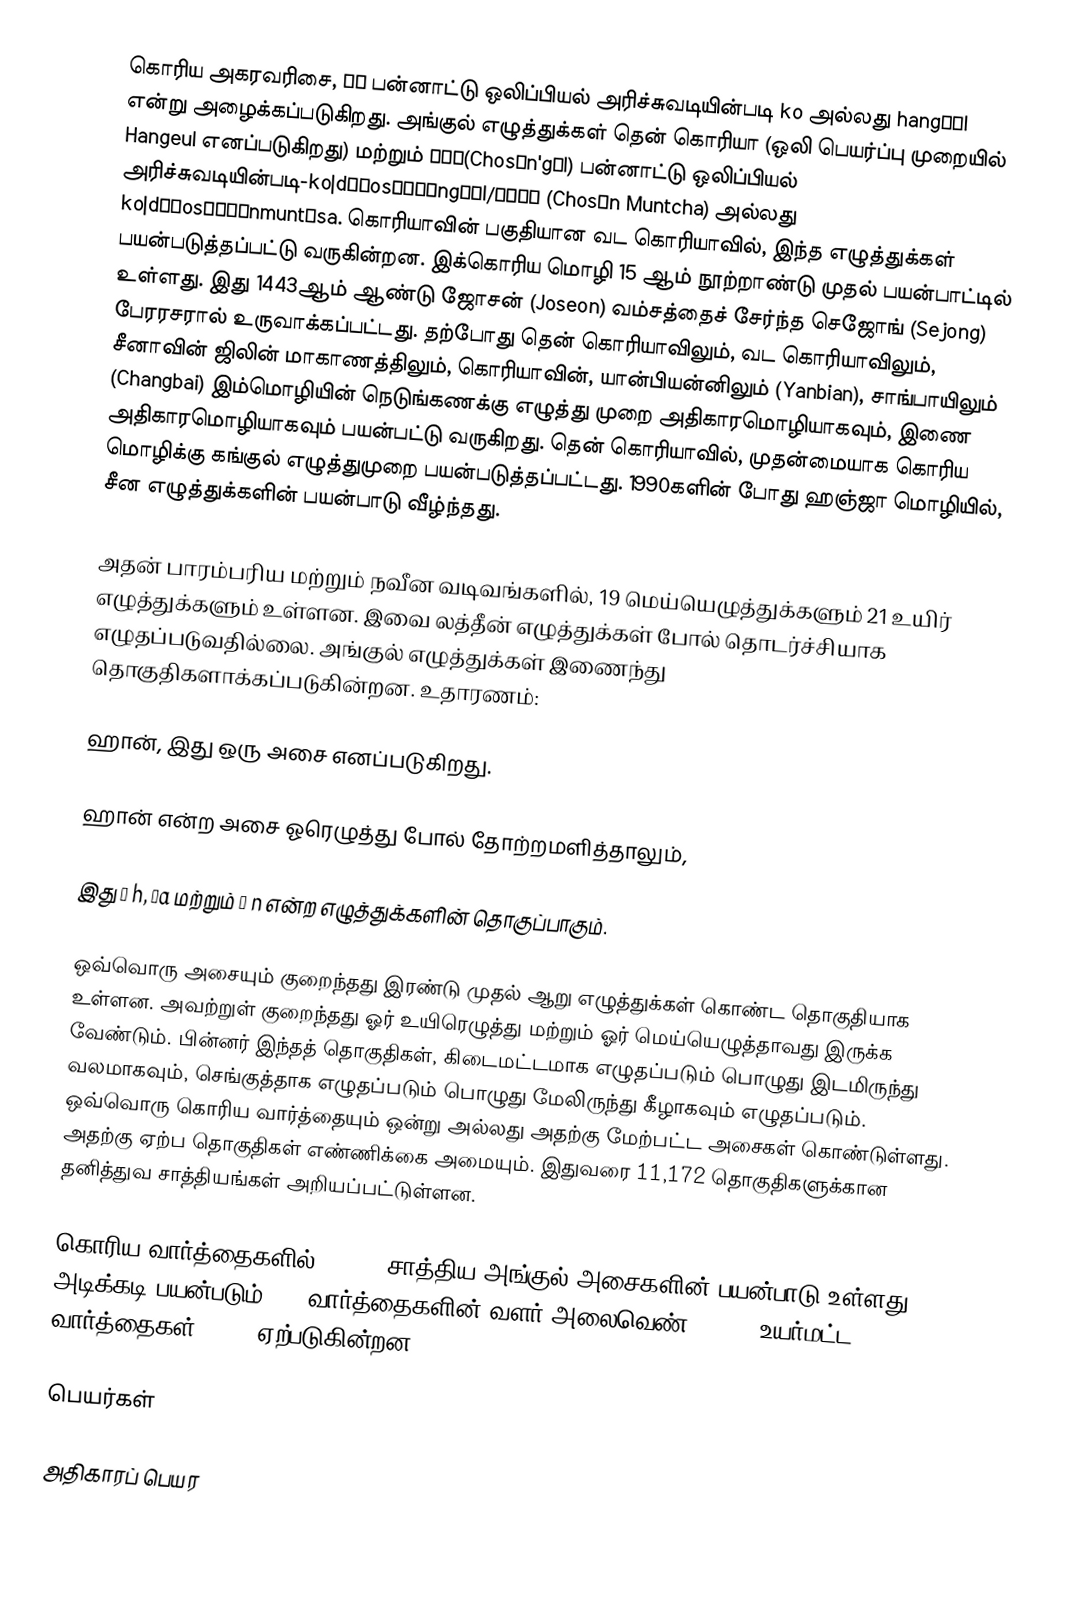
கொரிய அகரவரிசை, 한글 பன்னாட்டு ஒலிப்பியல் அரிச்சுவடியின்படி ko அல்லது hangɯ̽l என்று அழைக்கப்படுகிறது. அங்குல் எழுத்துக்கள் தென் கொரியா (ஒலி பெயர்ப்பு முறையில் Hangeul எனப்படுகிறது) மற்றும் 조선글(Chosŏn'gŭl) பன்னாட்டு ஒலிப்பியல் அரிச்சுவடியின்படி-ko|d͡ʑos⁽ʰ⁾ʌngɯ̽l/조선문자 (Chosŏn Muntcha) அல்லது ko|d͡ʑos⁽ʰ⁾ʌnmunt͡sa.  கொரியாவின் பகுதியான வட கொரியாவில், இந்த எழுத்துக்கள் பயன்படுத்தப்பட்டு வருகின்றன. இக்கொரிய மொழி 15 ஆம் நூற்றாண்டு முதல் பயன்பாட்டில் உள்ளது. இது 1443ஆம் ஆண்டு ஜோசன் (Joseon) வம்சத்தைச் சேர்ந்த செஜோங் (Sejong) பேரரசரால்   உருவாக்கப்பட்டது. தற்போது தென் கொரியாவிலும், வட கொரியாவிலும், சீனாவின் ஜிலின் மாகாணத்திலும், கொரியாவின், யான்பியன்னிலும் (Yanbian), சாங்பாயிலும் (Changbai) இம்மொழியின் நெடுங்கணக்கு எழுத்து முறை அதிகாரமொழியாகவும், இணை அதிகாரமொழியாகவும் பயன்பட்டு வருகிறது.  தென் கொரியாவில், முதன்மையாக கொரிய மொழிக்கு கங்குல் எழுத்துமுறை பயன்படுத்தப்பட்டது.  1990களின் போது ஹஞ்ஜா மொழியில், சீன எழுத்துக்களின் பயன்பாடு வீழ்ந்தது.

அதன் பாரம்பரிய மற்றும் நவீன வடிவங்களில், 19 மெய்யெழுத்துக்களும் 21 உயிர் எழுத்துக்களும் உள்ளன. இவை லத்தீன் எழுத்துக்கள் போல் தொடர்ச்சியாக எழுதப்படுவதில்லை. அங்குல் எழுத்துக்கள் இணைந்து தொகுதிகளாக்கப்படுகின்றன. உதாரணம்:  

 ஹான், இது ஒரு அசை எனப்படுகிறது. 

 ஹான் என்ற அசை ஓரெழுத்து போல் தோற்றமளித்தாலும்,

இது   ㅎ h, ㅏa மற்றும் ㄴ n என்ற எழுத்துக்களின் தொகுப்பாகும். 

ஒவ்வொரு அசையும் குறைந்தது இரண்டு முதல் ஆறு எழுத்துக்கள் கொண்ட தொகுதியாக உள்ளன. அவற்றுள் குறைந்தது ஓர் உயிரெழுத்து மற்றும் ஓர் மெய்யெழுத்தாவது இருக்க வேண்டும். பின்னர் இந்தத் தொகுதிகள், கிடைமட்டமாக எழுதப்படும் பொழுது இடமிருந்து வலமாகவும், செங்குத்தாக எழுதப்படும் பொழுது மேலிருந்து கீழாகவும் எழுதப்படும். ஒவ்வொரு கொரிய வார்த்தையும் ஒன்று அல்லது அதற்கு மேற்பட்ட அசைகள் கொண்டுள்ளது. அதற்கு ஏற்ப தொகுதிகள் எண்ணிக்கை அமையும். இதுவரை 11,172 தொகுதிகளுக்கான தனித்துவ சாத்தியங்கள் அறியப்பட்டுள்ளன.  

கொரிய வார்த்தைகளில் 11,172 சாத்திய அங்குல் அசைகளின் பயன்பாடு உள்ளது. அடிக்கடி பயன்படும் 256 வார்த்தைகளின் வளர் அலைவெண் 88.2%. உயர்மட்ட 512 வார்த்தைகள் 99.9% ஏற்படுகின்றன.

பெயர்கள்

அதிகாரப் பெயர